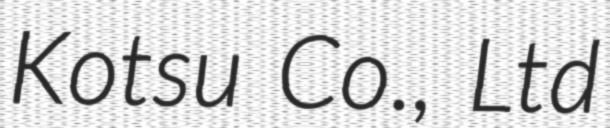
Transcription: Kotsu Co., Ltd